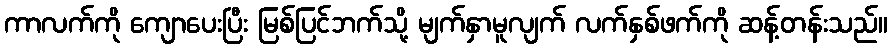
ကာလက်ကို ကျောပေးပြီး မြစ်ပြင်ဘက်သို့ မျက်နှာမူလျက် လက်နှစ်ဖက်ကို ဆန့်တန်းသည်။